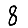
Digit: 8